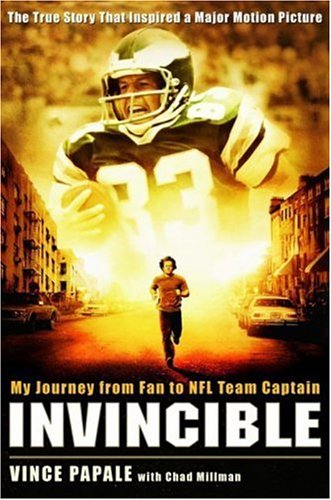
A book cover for Invincible: My Journey from Fan to NFL Team Captain; Vince Papale; Biographies & Memoirs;